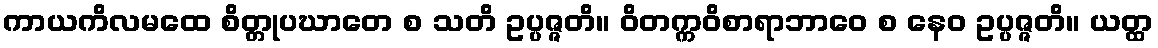
ကာယကိလမထေ စိတ္တုပဃာတေ စ သတိ ဥပ္ပဇ္ဇတိ။ ဝိတက္ကဝိစာရာဘာဝေ စ နေဝ ဥပ္ပဇ္ဇတိ။ ယတ္ထ